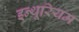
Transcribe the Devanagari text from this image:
इन्थूरियम